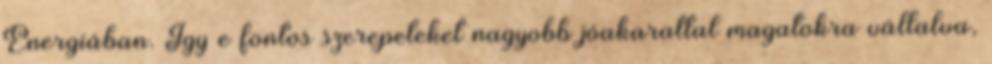
Energiában. Így e fontos szerepeteket nagyobb jóakarattal magatokra vállalva,